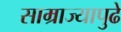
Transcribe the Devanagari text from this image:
साम्राज्यापुढे